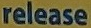
release